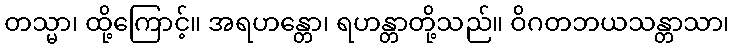
တသ္မာ၊ ထို့ကြောင့်။ အရဟန္တော၊ ရဟန္တာတို့သည်။ ဝိဂတဘယသန္တာသာ၊